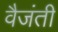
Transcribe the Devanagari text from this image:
वैजंती